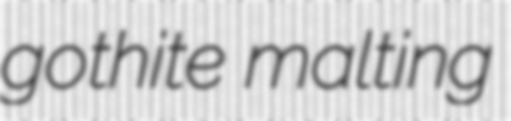
gothite malting